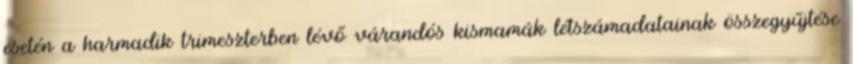
esetén a harmadik trimeszterben lévő várandós kismamák létszámadatainak összegyűjtése